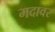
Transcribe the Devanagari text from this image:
मदावर